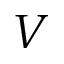
V